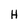
Character: H